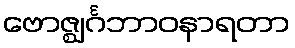
ဗောဇ္ဈင်္ဂဘာဝနာရတာ